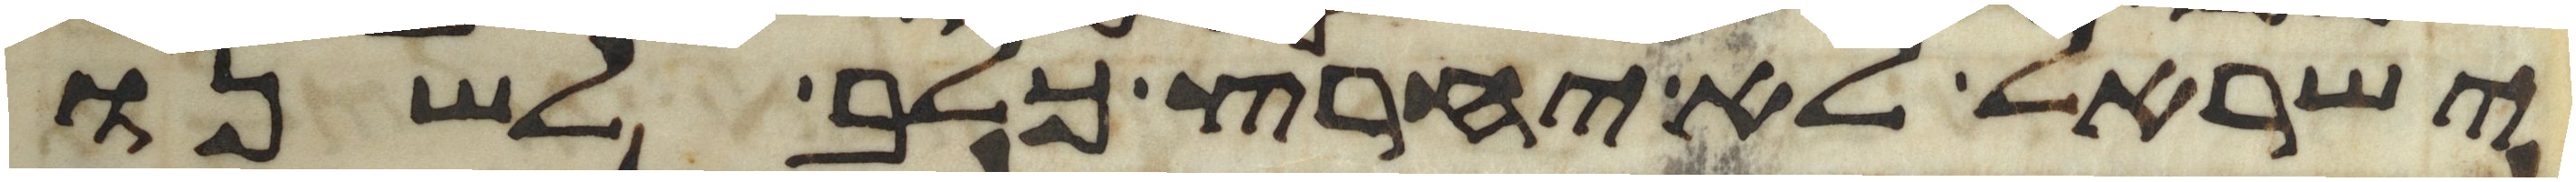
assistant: ישראל לא יחרץ כלב לשנו